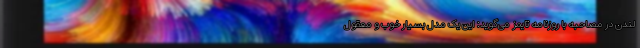
لندن در مصاحبه با روزنامه تایمز می‌گوید: این یک مدل بسیار خوب و معقول